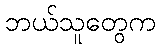
ဘယ်သူတွေက